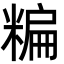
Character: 糄